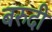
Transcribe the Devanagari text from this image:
बरुदी